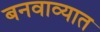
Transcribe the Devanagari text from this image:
बनवाव्यात